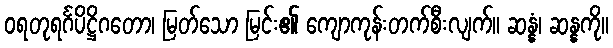
ဝရတုရင်္ဂပိဋ္ဌိဂတော၊ မြတ်သော မြင်း၏ ကျောကုန်းတက်စီးလျက်။ ဆန္နံ၊ ဆန္နကို။